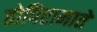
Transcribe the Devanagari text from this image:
तोपिरामाते